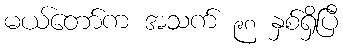
မယ်တော်က အသက် ၉၈ နှစ်ရှိပြီ